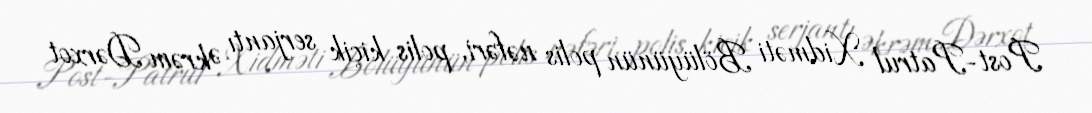
Post-Patrul Xidməti Bölüyünün polis nəfəri, polis kiçik serjantı Əkrəm Dərxot